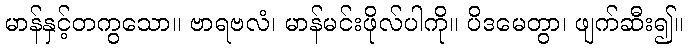
မာန်နှင့်တကွသော။ ဗာရဗလံ၊ မာန်မင်းဖိုလ်ပါကို။ ပိဒမေတွာ၊ ဖျက်ဆီး၍။